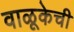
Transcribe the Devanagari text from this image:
वाळूकेची